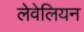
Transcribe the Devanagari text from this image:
लेवेलियन